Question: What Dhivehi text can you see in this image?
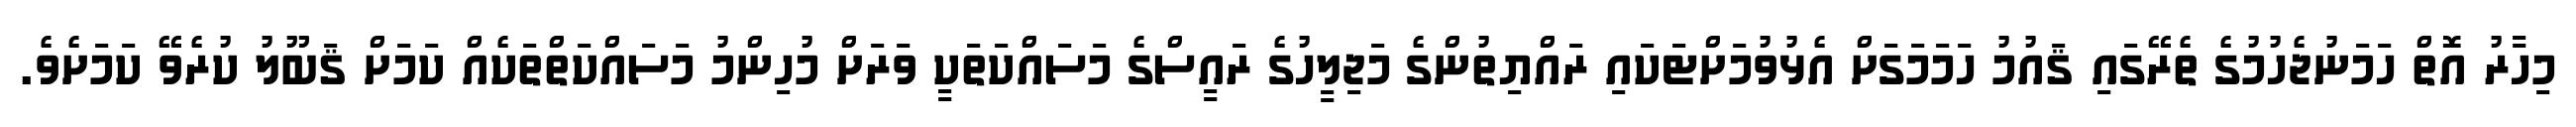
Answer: މިހާރު އޮތް ހަމަނުޖެހުމުގެ ތެރޭގައި ޤައުމު ހަމަމަގަށް އެޅުވުމަށްޓަކައި ރައްޔިތުންގެ މަޖިލީހުގެ ރައީސްގެ މަސައްކަތަކީ ވަރަށް މުހިންމު މަސައްކަތްތަކެއް ކަމަށް ޤަބޫލު ކުރެވޭ ކަމަށެވެ.